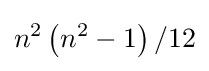
n^{2}\left(n^{2}-1\right)/12